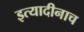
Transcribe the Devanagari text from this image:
इत्यादीनाच